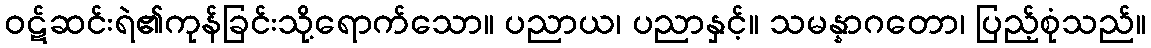
ဝဋ်ဆင်းရဲ၏ကုန်ခြင်းသို့ရောက်သော။ ပညာယ၊ ပညာနှင့်။ သမန္နာဂတော၊ ပြည့်စုံသည်။